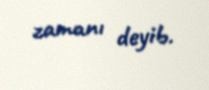
zamanı deyib.